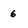
Character: 6